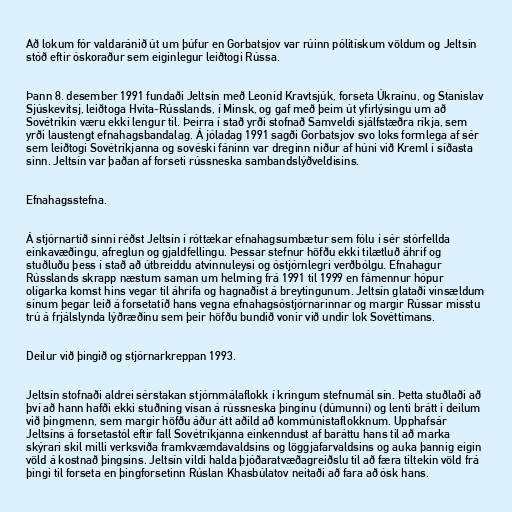
Að lokum fór valdaránið út um þúfur en Gorbatsjov var rúinn pólitískum völdum og Jeltsín
stóð eftir óskoraður sem eiginlegur leiðtogi Rússa.

Þann 8. desember 1991 fundaði Jeltsín með Leoníd Kravtsjúk, forseta Úkraínu, og Stanislav
Sjúskevitsj, leiðtoga Hvíta-Rússlands, í Minsk, og gaf með þeim út yfirlýsingu um að
Sovétríkin væru ekki lengur til. Þeirra í stað yrði stofnað Samveldi sjálfstæðra ríkja, sem
yrði laustengt efnahagsbandalag. Á jóladag 1991 sagði Gorbatsjov svo loks formlega af sér
sem leiðtogi Sovétríkjanna og sovéski fáninn var dreginn niður af húni við Kreml í síðasta
sinn. Jeltsín var þaðan af forseti rússneska sambandslýðveldisins.

Efnahagsstefna.

Á stjórnartíð sinni réðst Jeltsín í róttækar efnahagsumbætur sem fólu í sér stórfellda
einkavæðingu, afreglun og gjaldfellingu. Þessar stefnur höfðu ekki tilætluð áhrif og
stuðluðu þess í stað að útbreiddu atvinnuleysi og óstjórnlegri verðbólgu. Efnahagur
Rússlands skrapp næstum saman um helming frá 1991 til 1999 en fámennur hópur
olígarka komst hins vegar til áhrifa og hagnaðist á breytingunum. Jeltsín glataði vinsældum
sínum þegar leið á forsetatíð hans vegna efnahagsóstjórnarinnar og margir Rússar misstu
trú á frjálslynda lýðræðinu sem þeir höfðu bundið vonir við undir lok Sovéttímans.

Deilur við þingið og stjórnarkreppan 1993.

Jeltsín stofnaði aldrei sérstakan stjórnmálaflokk í kringum stefnumál sín. Þetta stuðlaði að
því að hann hafði ekki stuðning vísan á rússneska þinginu (dúmunni) og lenti brátt í deilum
við þingmenn, sem margir höfðu áður átt aðild að kommúnistaflokknum. Upphafsár
Jeltsíns á forsetastól eftir fall Sovétríkjanna einkenndust af baráttu hans til að marka
skýrari skil milli verksviða framkvæmdavaldsins og löggjafarvaldsins og auka þannig eigin
völd á kostnað þingsins. Jeltsín vildi halda þjóðaratvæðagreiðslu til að færa tiltekin völd frá
þingi til forseta en þingforsetinn Rúslan Khasbúlatov neitaði að fara að ósk hans.